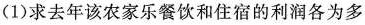
(1)求去年该农家乐餐饮和住宿的利润各为多